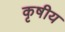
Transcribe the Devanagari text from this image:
कृषीय